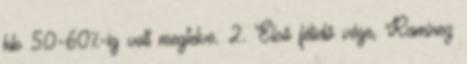
kb 50-60%-ig volt megtelve. 2. Első félidő vége, Ramirez